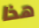
هذا